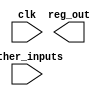
module module_name (
    input wire clk,
    input wire other_inputs,
    output wire reg_out
);

reg reg_data;

always @ (posedge clk, negedge clk) begin
    // Code that will be executed on every positive and negative clock edge
    // Typically used for synchronous logic
end

endmodule